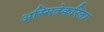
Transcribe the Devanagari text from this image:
अस्मितेकरिता